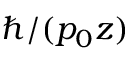
\hbar / ( p _ { 0 } z )